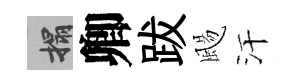
搨卿跋颺汗